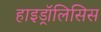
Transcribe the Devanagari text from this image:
हाइड्रॉलिसिस